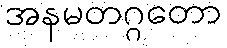
အနမတဂ္ဂတော